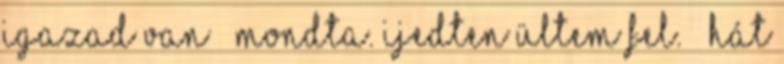
Igazad van – mondta. Ijedten ültem fel. – Hát